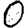
Digit: 0